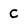
Character: c